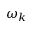
\omega _ { k }